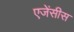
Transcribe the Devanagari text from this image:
एजेंसीस